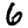
Digit: 6